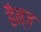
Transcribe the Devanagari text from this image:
हैन्ज़